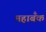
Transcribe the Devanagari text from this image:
महाबँक